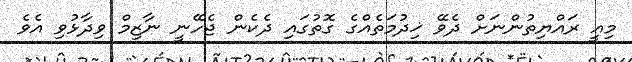
މިއީ ރައްޔިތުންނަށް ދެވޭ ޚިދުމަތެއްގެ ގޮތުގައި ދެކެން ޖެހޭނީ ނާޒިމް ވިދާޅުވި އެވެ